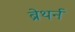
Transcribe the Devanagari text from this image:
ब्रेथर्न